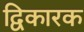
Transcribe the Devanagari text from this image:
द्विकारक